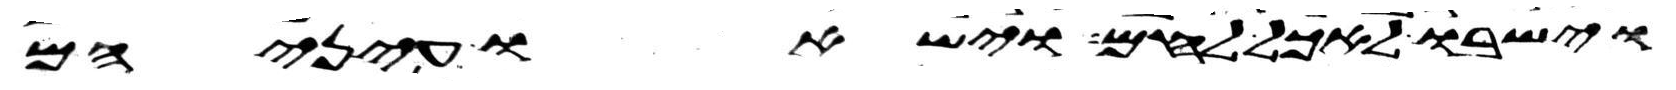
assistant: וישבו לאכל לחם וישאו עיניהם